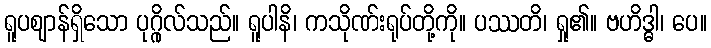
ရူပဈာန်ရှိသော ပုဂ္ဂိုလ်သည်။ ရူပါနိ၊ ကသိုဏ်းရုပ်တို့ကို။ ပဿတိ၊ ရှု၏။ ဗဟိဒ္ဓါ၊ ပေ။